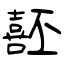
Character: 噽